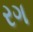
રગ